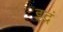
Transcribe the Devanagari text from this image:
इद्रं